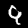
Digit: 9